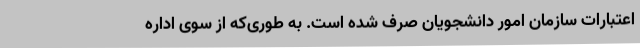
اعتبارات سازمان امور دانشجویان صرف شده است. به طوری‌که از سوی اداره